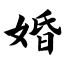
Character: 婚